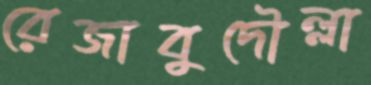
রেজাবুদৌল্লা